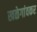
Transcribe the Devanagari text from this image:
खळेगांवकर